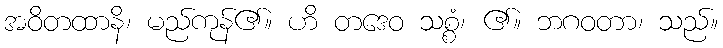
အဝိတထာနိ၊ မည်ကုန်၏။ ဟိ တဒေဝ သစ္စံ၊ ၏။ ဘဂဝတာ၊ သည်။